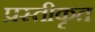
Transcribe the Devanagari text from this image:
प्रस्तीकृत